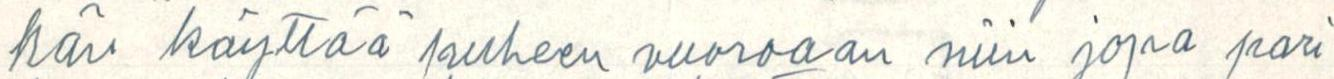
hän käyttää puheen vuoroaan niin jopa pari